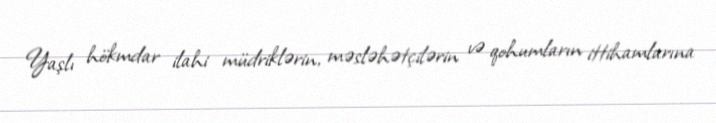
Yaşlı hökmdar ilahi müdriklərin, məsləhətçilərin və qohumların ittihamlarına